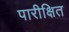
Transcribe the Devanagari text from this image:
पारीक्षित